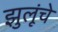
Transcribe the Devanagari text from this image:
झुलूंचे